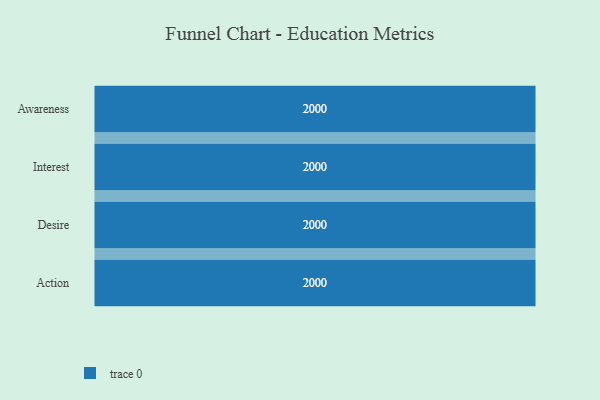
{"axis": {"x": "Stage", "y": "Value"}, "legend": [""], "data": [{"x": "Awareness", "y": 2000, "type": ""}, {"x": "Interest", "y": 2000, "type": ""}, {"x": "Desire", "y": 2000, "type": ""}, {"x": "Action", "y": 2000, "type": ""}]}